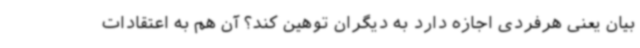
بیان یعنی هرفردی اجازه دارد به دیگران توهین کند؟ آن هم به اعتقادات